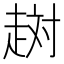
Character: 𧻐